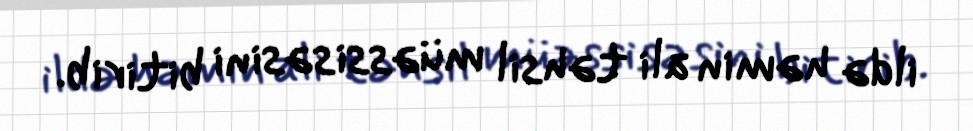
ildə həmin ali təhsil müəssisəsini bitirib.